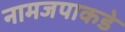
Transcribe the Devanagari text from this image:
नामजपाकडे